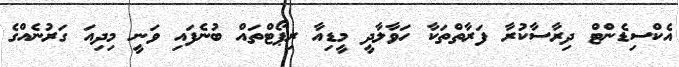
އެކްސިޑެންޓް ދިރާސާކުރާ ފަރާތްތަކާ ހަވާލާދީ މީޑިއާ ރިޕޯޓްތައް ބުނެފައި ވަނީ މިދިއަ ގަރުނެއްގެ